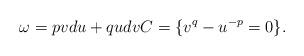
LaTeX: \begin{align*}\omega=pvdu+qudv C=\{v^q-u^{-p}=0\}.\end{align*}